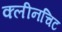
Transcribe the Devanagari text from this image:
क्लीनचिट